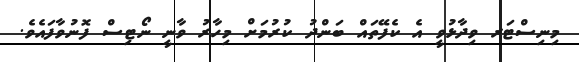
މިނިސްޓަރ ވިދާޅުވީ އެ ކެފޭތައް ބަންދު ކުރުމަށް މިހާރު ވާނީ ނޯޓިސް ފޮނުވާފައެވެ.